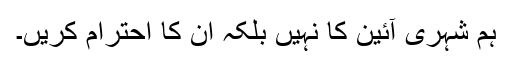
ہم شہری آئین کا نہیں بلکہ ان کا احترام کریں۔